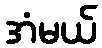
အံမယ်